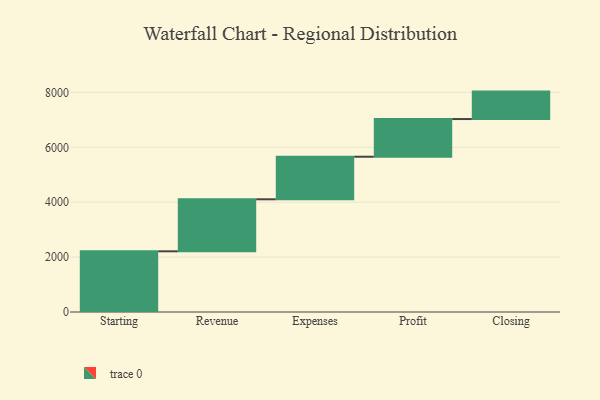
{"axis": {"x": "Step", "y": "Value"}, "legend": [""], "data": [{"x": "Starting", "y": 2211.0, "type": ""}, {"x": "Revenue", "y": 1895.0, "type": ""}, {"x": "Expenses", "y": 1551.0, "type": ""}, {"x": "Profit", "y": 1373.0, "type": ""}, {"x": "Closing", "y": 1000, "type": ""}]}